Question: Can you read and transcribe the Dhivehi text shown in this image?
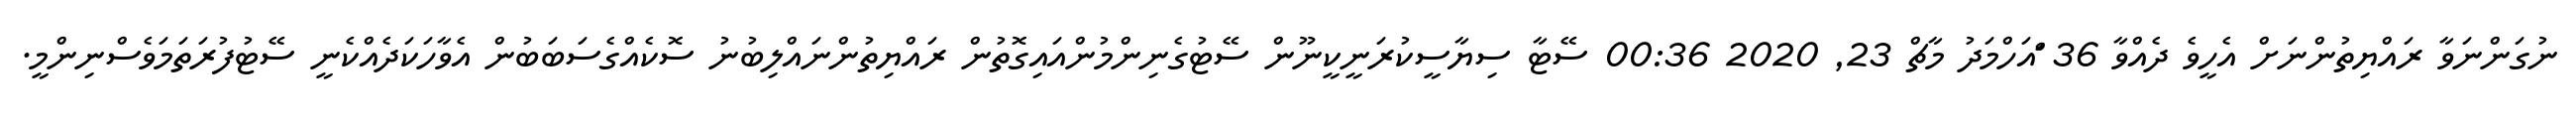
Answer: ނުގަންނަވާ ރައްޔިތުންނަށް އެހީވެ ދެއްވާ 36 ްައަހްމަދު މާޗް 23, 2020 00:36 ސޭޓާ ސިޔާސީކުރަނީކީނޫން ސޭޓުގެނިންމުންއައިގޮތުން ރައްޔިތުންނައްލިބުނު ސޮކެއްގެސަބަބުން އެވާހަކަދެއްކެނީ ސޭޓުފުރަތަމަވެސްނިންމީ.